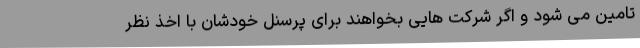
تامین می ‌شود و اگر شرکت ‌هایی بخواهند برای پرسنل خودشان با اخذ نظر